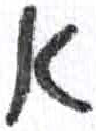
אות: א